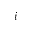
i